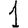
Digit: 1